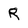
Character: R